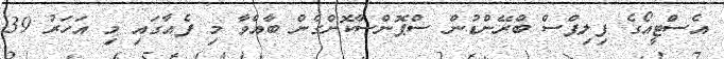
އެސްޓީއޯގެ ފިލިޕްސް ބްރޭންޑުން ސްޕޮންސާކޮށްގެން ބާއްވާ މި ފެއާގައި މި އަހަރު 39